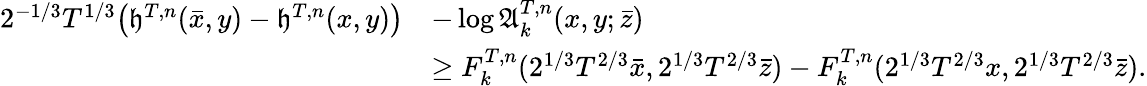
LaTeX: \begin{array}{rl}{2^{-1/3}T^{1/3}\big(\mathfrak{h}^{T,n}(\bar{x},y)-\mathfrak{h}^{T,n}(x,y)\big)}&{-\log\mathfrak{A}_{k}^{T,n}(x,y;\bar{z})}\\ &{\geq F_{k}^{T,n}(2^{1/3}T^{2/3}\bar{x},2^{1/3}T^{2/3}\bar{z})-F_{k}^{T,n}(2^{1/3}T^{2/3}x,2^{1/3}T^{2/3}\bar{z}).}\end{array}